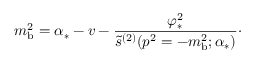
m _ { \mathrm { b } } ^ { 2 } = \alpha _ { * } - v - { \frac { \varphi _ { * } ^ { 2 } } { \tilde { s } ^ { ( 2 ) } ( p ^ { 2 } = - m _ { \mathrm { b } } ^ { 2 } ; \alpha _ { * } ) } } \cdotp